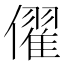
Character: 㒛